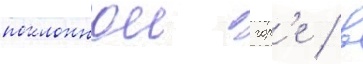
поклоннои гор'е / в